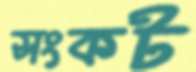
সংকট